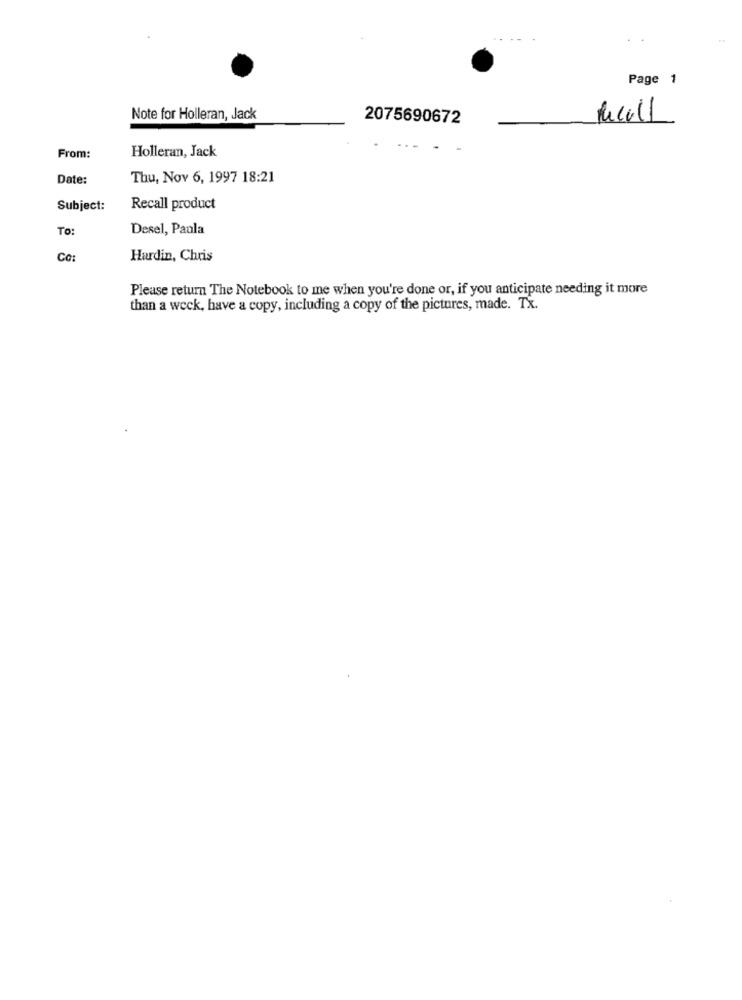
Page 1
Note for Holleran, Jack
2075690672
Recall
Holleran, Jack
From:
Date:
Thu, Nov 6, 1997 18:21
Subject:
Recall product
To:
Desel, Paola
CO:
Hardin, Chris
Please return The Notebook to me when you're done or, if you anticipate needing it more
than a week, have a copy, including a copy of the pictures, made. Tx.